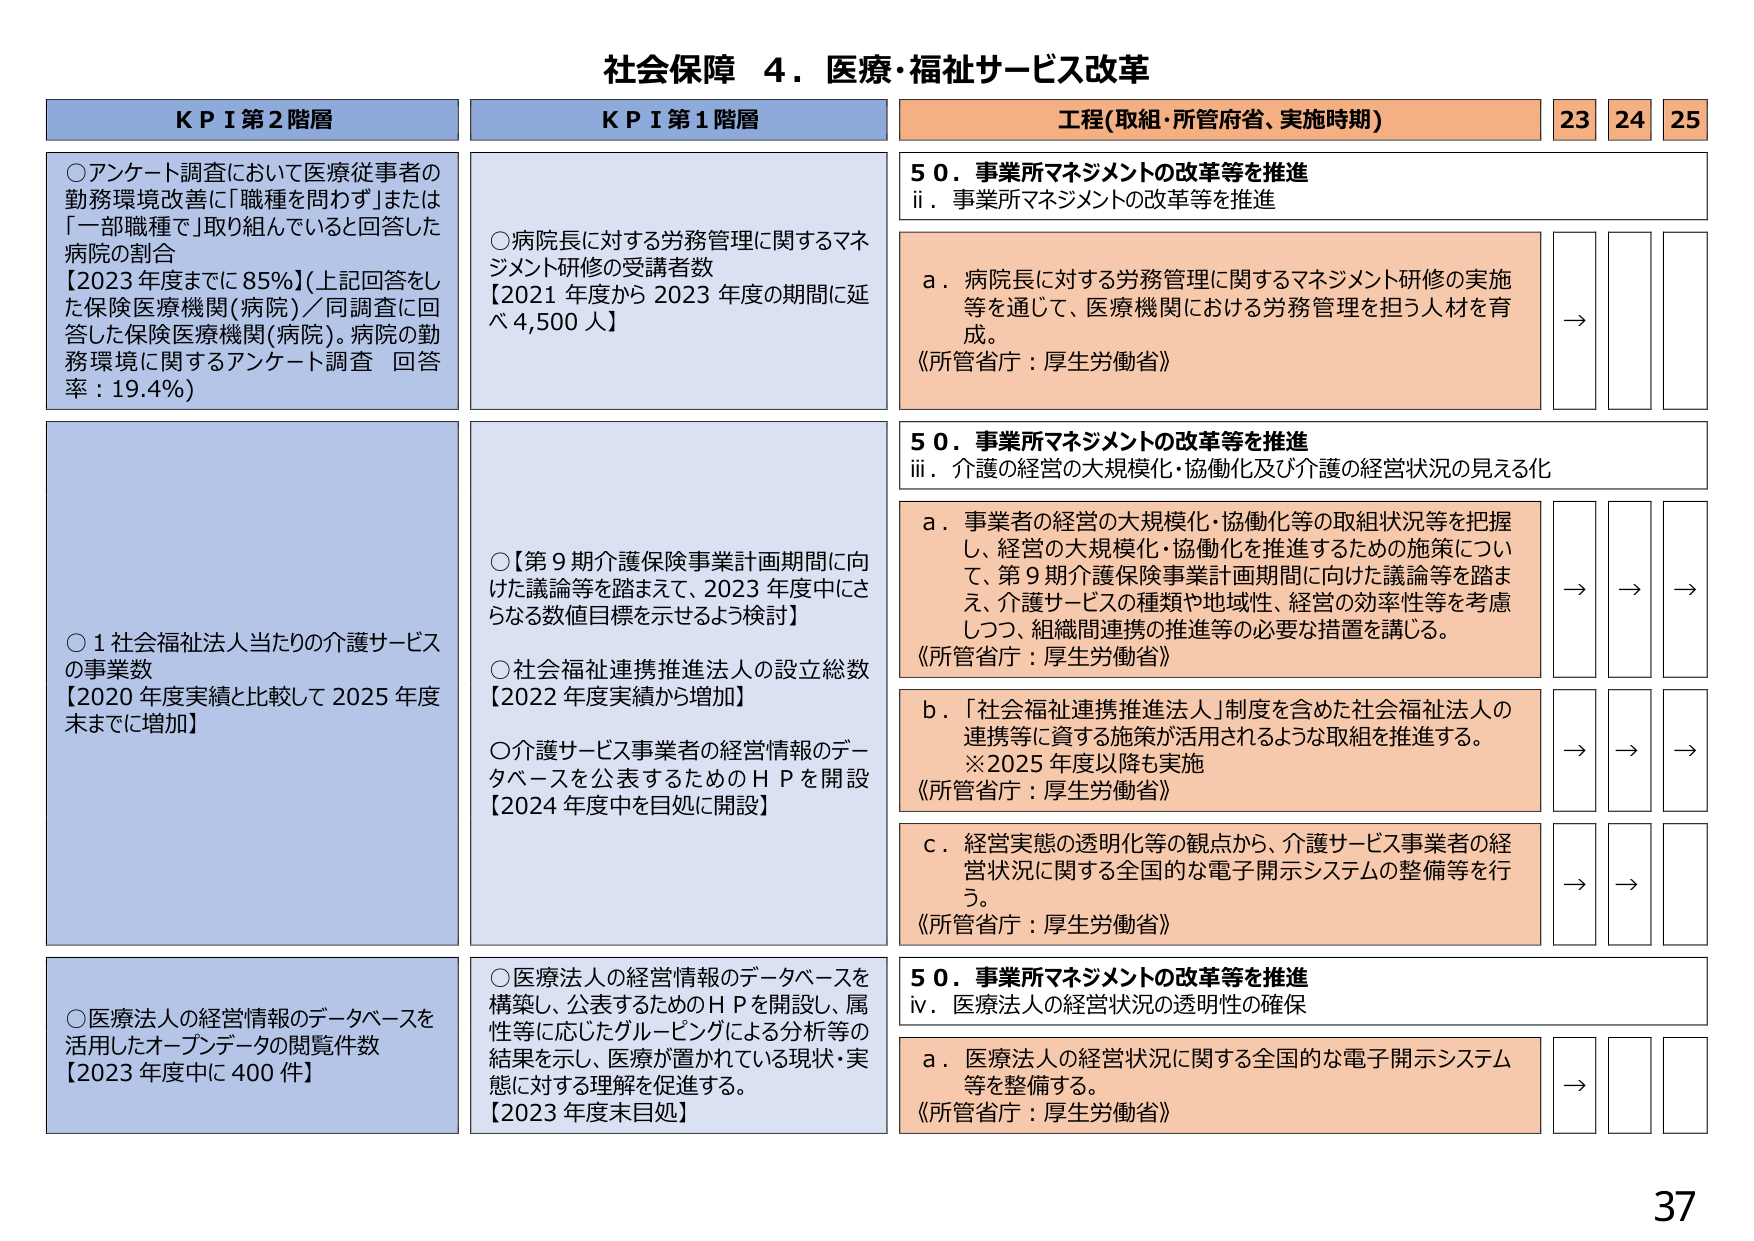
社会保障 ４．医療・福祉サービス改革

KPI 第2階層
○アンケート調査において医療従事者の勤務環境改善に「職種を問わず」または「一部職種で」取り組んでいると回答した病院の割合
【2023年度までに85%】（上記回答をした保険医療機関(病院)／同調査に回答した保険医療機関(病院)。病院の勤務環境に関するアンケート調査 回答率：19.4%）

○1社会福祉法人当たりの介護サービスの事業数
【2020年度実績と比較して2025年度末までに増加】

○医療法人の経営情報のデータベースを活用したオープンデータの閲覧件数
【2023年度中に400件】

KPI 第1階層
○病院長に対する労務管理に関するマネジメント研修の受講者数
【2021年度から2023年度の期間に延べ4,500人】

○【第9期介護保険事業計画期間に向けた議論等を踏まえて、2023年度中にさらなる数値目標を示せるよう検討】
○社会福祉連携推進法人の設立総数
【2022年度実績から増加】
○介護サービス事業者の経営情報のデータベースを公表するためのＨＰを開設
【2024年度中を目処に開設】

○医療法人の経営情報のデータベースを構築し、公表するためのＨＰを開設し、属性等に応じたグルーピングによる分析等の結果を示し、医療が置かれている現状・実態に対する理解を促進する。
【2023年度末目処】

工程(取組・所管府省、実施時期)
23 24 25

50．事業所マネジメントの改革等を推進
ⅱ．事業所マネジメントの改革等を推進
a．病院長に対する労務管理に関するマネジメント研修の実施等を通じて、医療機関における労務管理を担う人材を育成。
《所管省庁：厚生労働省》
→

50．事業所マネジメントの改革等を推進
ⅲ．介護の経営の大規模化・協働化及び介護の経営状況の見える化
a．事業者の経営の大規模化・協働化等の取組状況等を把握し、経営の大規模化・協働化を推進するための施策について、第9期介護保険事業計画期間に向けた議論等を踏まえ、介護サービスの種類や地域性、経営の効率性等を考慮しつつ、組織間連携の推進等の必要な措置を講じる。
《所管省庁：厚生労働省》
→ → →

b．「社会福祉連携推進法人」制度を含めた社会福祉法人の連携等に資する施策が活用されるような取組を推進する。
※2025年度以降も実施
《所管省庁：厚生労働省》
→ → →

c．経営実態の透明化等の観点から、介護サービス事業者の経営状況に関する全国的な電子開示システムの整備等を行う。
《所管省庁：厚生労働省》
→ → →

50．事業所マネジメントの改革等を推進
ⅳ．医療法人の経営状況の透明性の確保
a．医療法人の経営状況に関する全国的な電子開示システム等を整備する。
《所管省庁：厚生労働省》
→

37